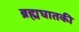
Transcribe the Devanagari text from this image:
ब्रह्मघातकी